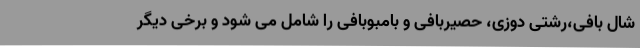
شال بافی،رشتی دوزی، حصیربافی و بامبوبافی را شامل می شود و برخی دیگر